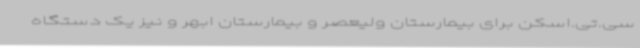
سی.تی.اسکن برای بیمارستان ولیعصر و بیمارستان ابهر و نیز یک دستگاه